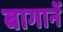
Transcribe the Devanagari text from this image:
बागानें